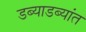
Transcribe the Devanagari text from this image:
डब्याडब्यांत